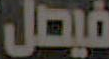
فيصل